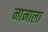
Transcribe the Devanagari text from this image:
नानाला